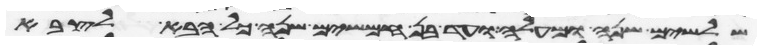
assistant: שלשים שנה ומעלה ועד בן חמשים שנה כל הבא לצבא